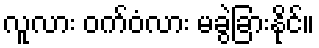
လူလား ဝက်ဝံလား မခွဲခြားနိုင်။